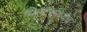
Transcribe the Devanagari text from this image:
थिएटरमध्येच